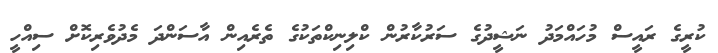
ކުރީގެ ރައީސް މުހައްމަދު ނަޝީދުގެ ސަރުކާރުން ކްލިނިކްތަކުގެ ތެރެއިން އާސަންދަ މެދުވެރިކޮށް ސިއްހީ